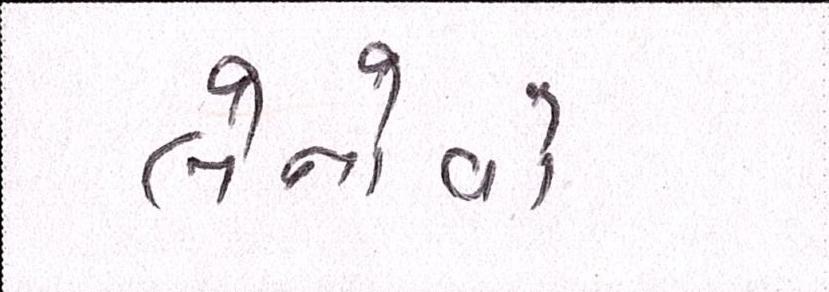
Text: લેનોવો